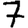
Digit: 7